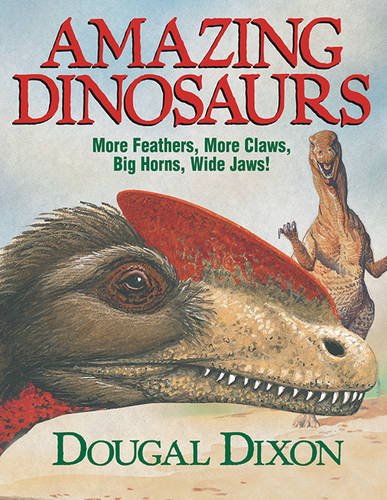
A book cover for Amazing Dinosaurs; Dougal Dixon; Children's Books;